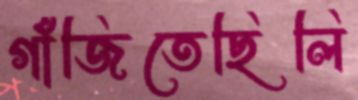
গাঁজিতেছিলি